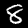
Digit: 8